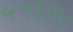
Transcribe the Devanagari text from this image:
५५६२५९